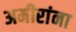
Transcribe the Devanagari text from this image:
अमीरांना